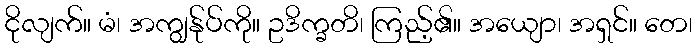
ငိုလျက်။ မံ၊ အကျွန်ုပ်ကို။ ဥဒိက္ခတိ၊ ကြည့်၏။ အယျော၊ အရှင်။ တေ၊